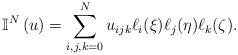
LaTeX: \begin{align*}{\mathbb{I}^N}\left( u \right) = \sum\limits_{i,j,k = 0}^N {{ u_{ijk}}{\ell _i}(\xi){\ell _j}(\eta){\ell _k}(\zeta)}. \end{align*}